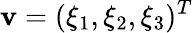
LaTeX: \mathbf v=(\xi_{1},\xi_{2},\xi_{3})^{T}